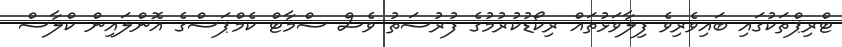
ޓްރިޕްތަކުގައި ބައިވެރިވެ ފިލާވަޅުތައް ރިކޯޑުކުރުމުގެ ފުރުސަތު ވެސް ސްމާޓް ކެމްޕަސްގެ އޮންލައިން ކްލާސް